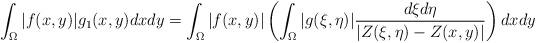
LaTeX: \begin{align*}\int_{\Omega}|f(x,y)|g_{1}(x,y)dxdy=\int_{\Omega}|f(x,y)|\left(\int_{\Omega}|g(\xi,\eta)|\frac{d\xi d \eta}{|Z(\xi,\eta)-Z(x,y)|}\right)dxdy\end{align*}